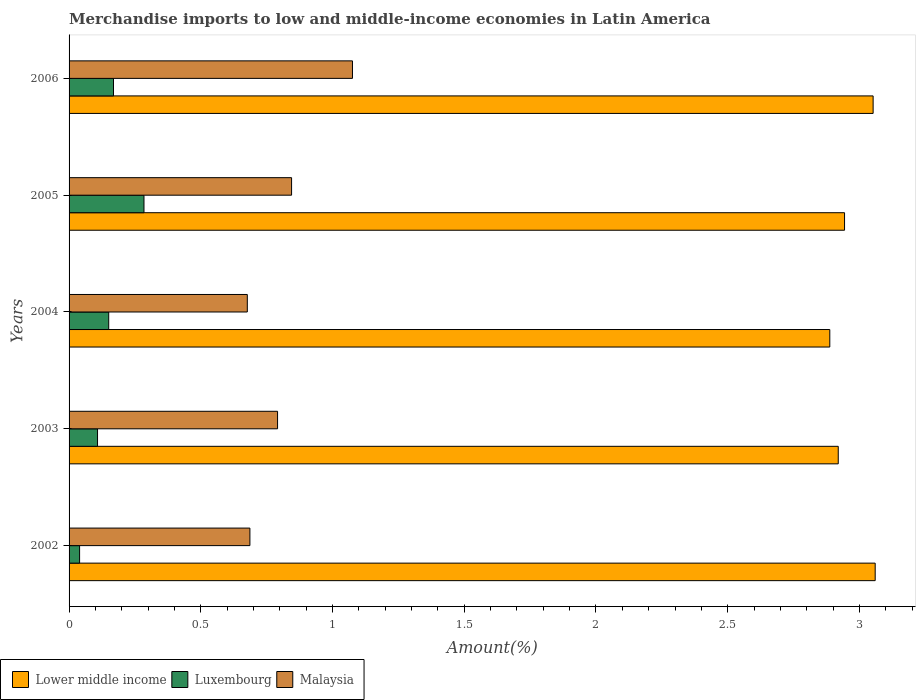
| Years | Lower middle income | Luxembourg | Malaysia |
 | --- | --- | --- | --- |
 | 2002 | 3.06 | 0.0399 | 0.686 |
 | 2003 | 2.92 | 0.108 | 0.791 |
 | 2004 | 2.89 | 0.15 | 0.677 |
 | 2005 | 2.94 | 0.284 | 0.845 |
 | 2006 | 3.05 | 0.169 | 1.08 |